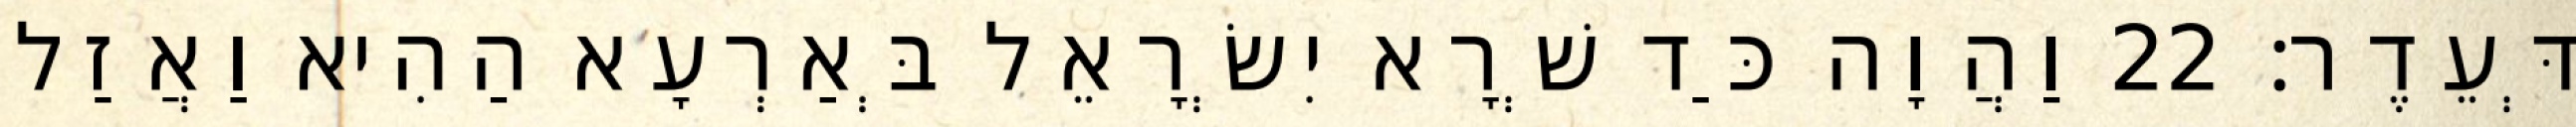
דְּעֵדֶר׃ 22 וַהֲוָה כַּד שְׁרָא יִשְׂרָאֵל בְּאַרְעָא הַהִיא וַאֲזַל